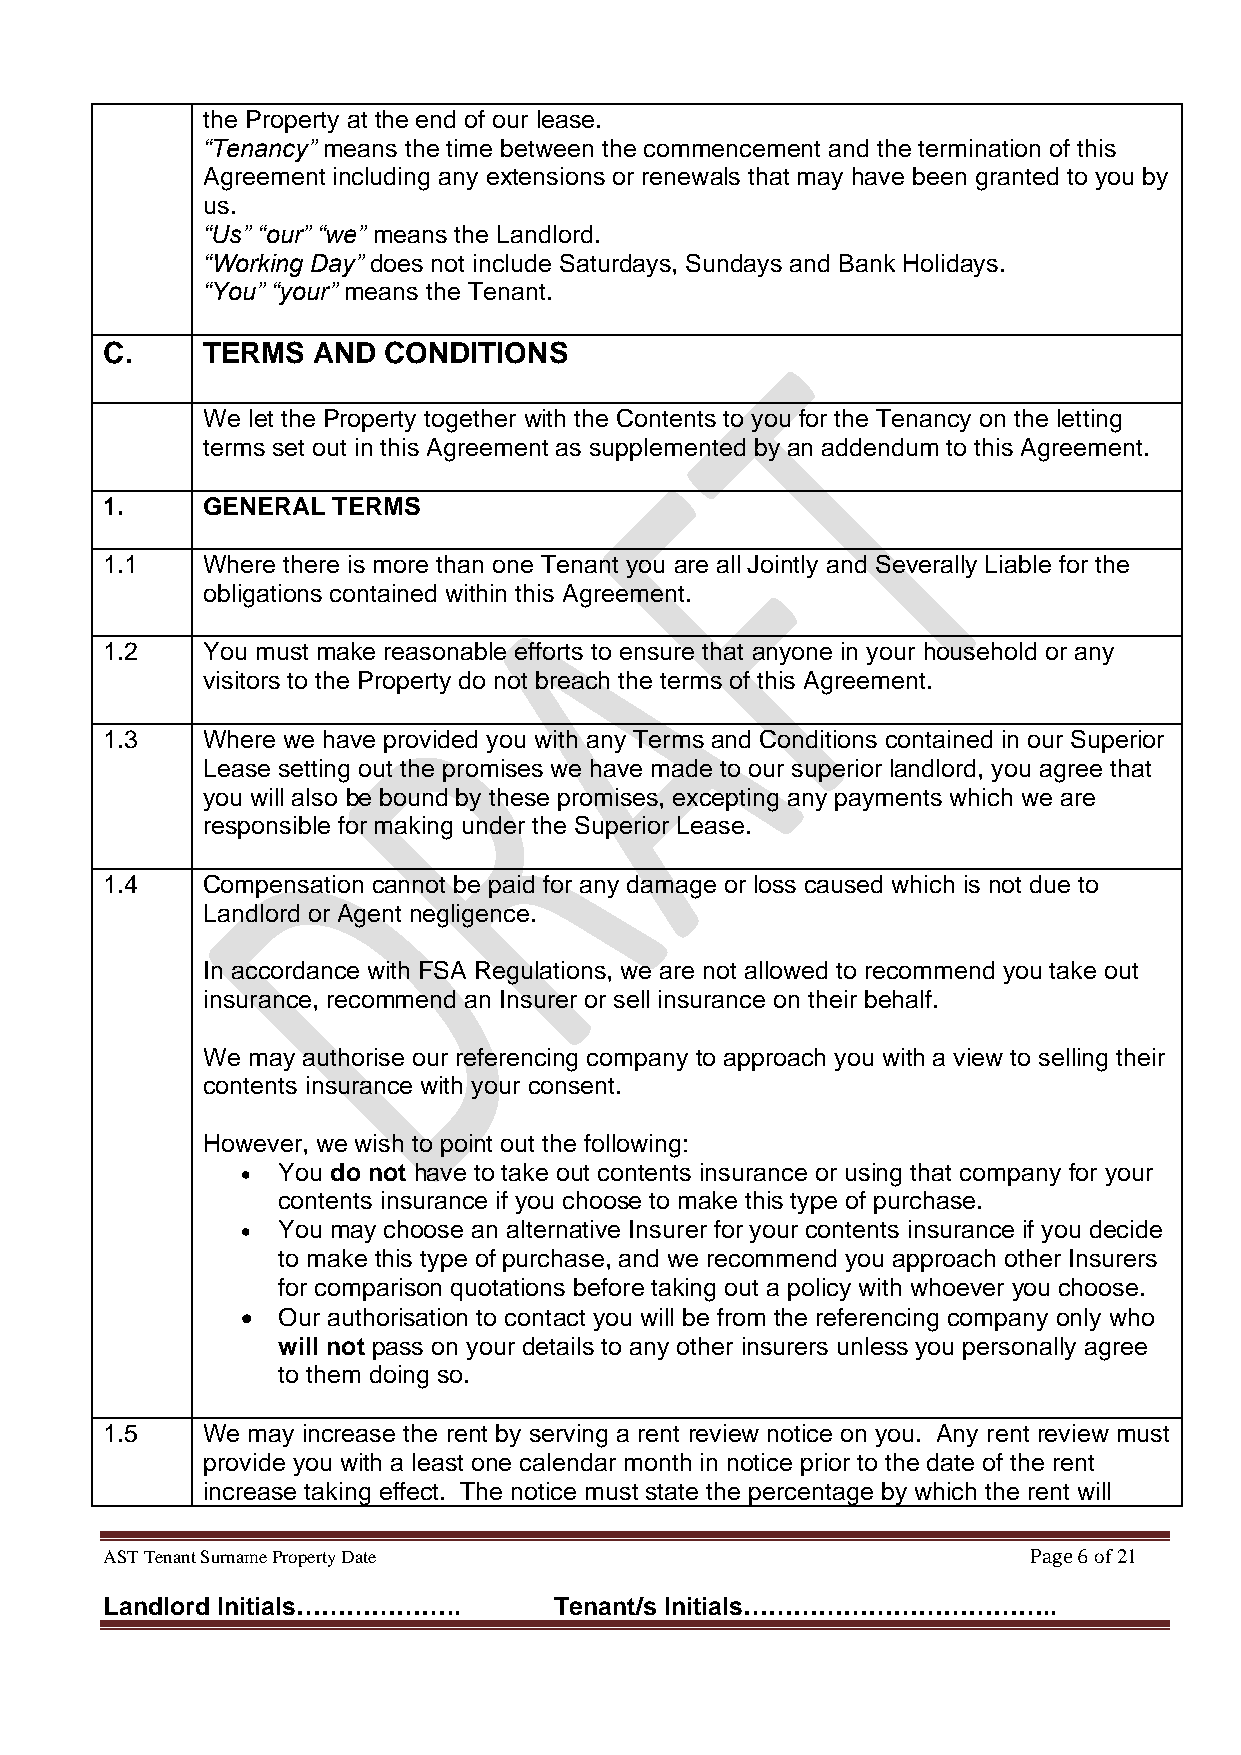
the Property at the end of our lease.
 “Tenancy” means the time between the commencement and the termination of this
 Agreement including any extensions or renewals that may have been granted to you by
 us.
 “Us” “our” “we” means the Landlord.
 “Working Day” does not include Saturdays, Sundays and Bank Holidays.
 “You” “your” means the Tenant.
 C.    TERMS   AND CONDITIONS
 We let the Property together with the Contents to you for the Tenancy on the letting
 terms set out in this Agreement as supplemented by an addendum to this Agreement.
 1.    GENERAL  TERMS
 1.1   Where there is more than one Tenant you are all Jointly and Severally Liable for the
 obligations contained within this Agreement.
 1.2   You must make reasonable efforts to ensure that anyone in your household or any
 visitors to the Property do not breach the terms of this Agreement.
 1.3   Where we have provided you with any Terms and Conditions contained in our Superior
 Lease setting out the promises we have made to our superior landlord, you agree that
 you will also be bound by these promises, excepting any payments which we are
 responsible for making under the Superior Lease.
 1.4   Compensation cannot be paid for any damage or loss caused which is not due to
 Landlord or Agent negligence.
 In accordance with FSA Regulations, we are not allowed to recommend you take out
 insurance, recommend an Insurer or sell insurance on their behalf.
 We may authorise our referencing company to approach you with a view to selling their
 contents insurance with your consent.
 However, we wish to point out the following:
 • You do not have to take out contents insurance or using that company for your
 contents insurance if you choose to make this type of purchase.
 • You may choose an alternative Insurer for your contents insurance if you decide
 to make this type of purchase, and we recommend you approach other Insurers
 for comparison quotations before taking out a policy with whoever you choose.
 • Our authorisation to contact you will be from the referencing company only who
 will not pass on your details to any other insurers unless you personally agree
 to them doing so.
 1.5   We may increase the rent by serving a rent review notice on you. Any rent review must
 provide you with a least one calendar month in notice prior to the date of the rent
 increase taking effect. The notice must state the percentage by which the rent will
 AST Tenant Surname Property Date                             Page 6 of 21
 Landlord Initials………………..     Tenant/s Initials………………………………..